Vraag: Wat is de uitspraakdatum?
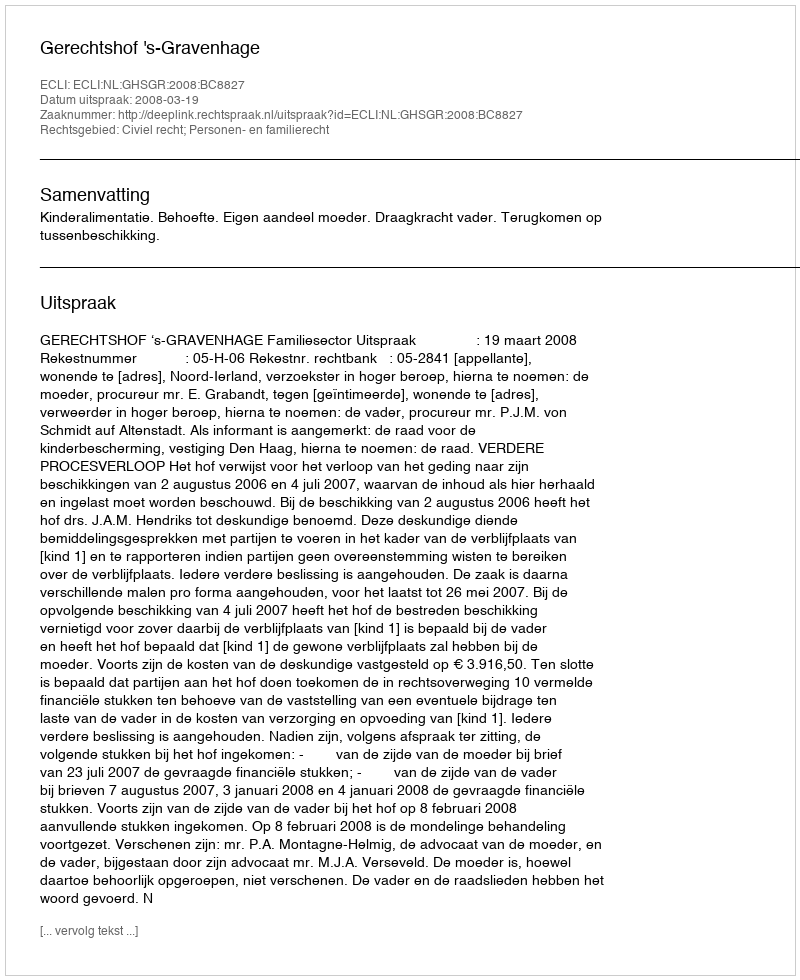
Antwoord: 2008-03-19